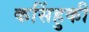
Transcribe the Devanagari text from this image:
कसिंहुकी